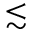
\lesssim